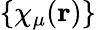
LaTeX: \left\{ \chi_{\mu}(\mathbf{r})\right\}